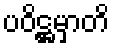
ပဝိဋ္ဌမှာတိ